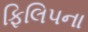
ફિલિપના